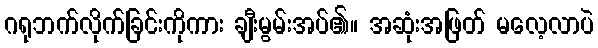
ဂရုဘက်လိုက်ခြင်းကိုကား ချီးမွမ်းအပ်၏။ အဆုံးအဖြတ် မလေ့လာပဲ